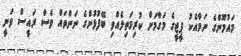
މައުމޫންގެ ނަމާއެކު ޕީޖީގެ މަގާމަށް ކުރިމަތިލެއްވި ބޭފުޅުންގެ ނަންތައް ވެސް ރައީސް ވަނީ